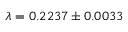
\lambda = 0 . 2 2 3 7 \pm 0 . 0 0 3 3